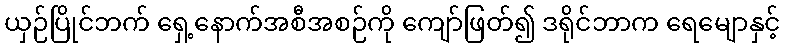
ယှဉ်ပြိုင်ဘက် ရှေ့နောက်အစီအစဉ်ကို ကျော်ဖြတ်၍ ဒရိုင်ဘာက ရေမျောနှင့်